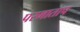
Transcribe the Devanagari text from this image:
परमाताप